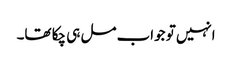
انہیں تو جواب مل ہی چکا تھا۔